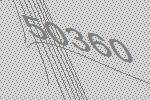
50360